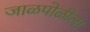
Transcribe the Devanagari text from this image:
जाळपोळीला